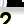
Digit: 2